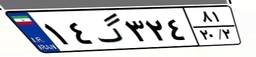
۹۶گ۵۱۶۷۲